Bréfritari: Soffía Daníelsdóttir
Viðtakandi: Jakobína Magnúsdóttir og Daníel Halldórsson
Dagsetning: A-1903-01-01
Skrifað á: Skeggjastöðum  N-Múl.
Soffía var dóttir Jakobínu og Daníels

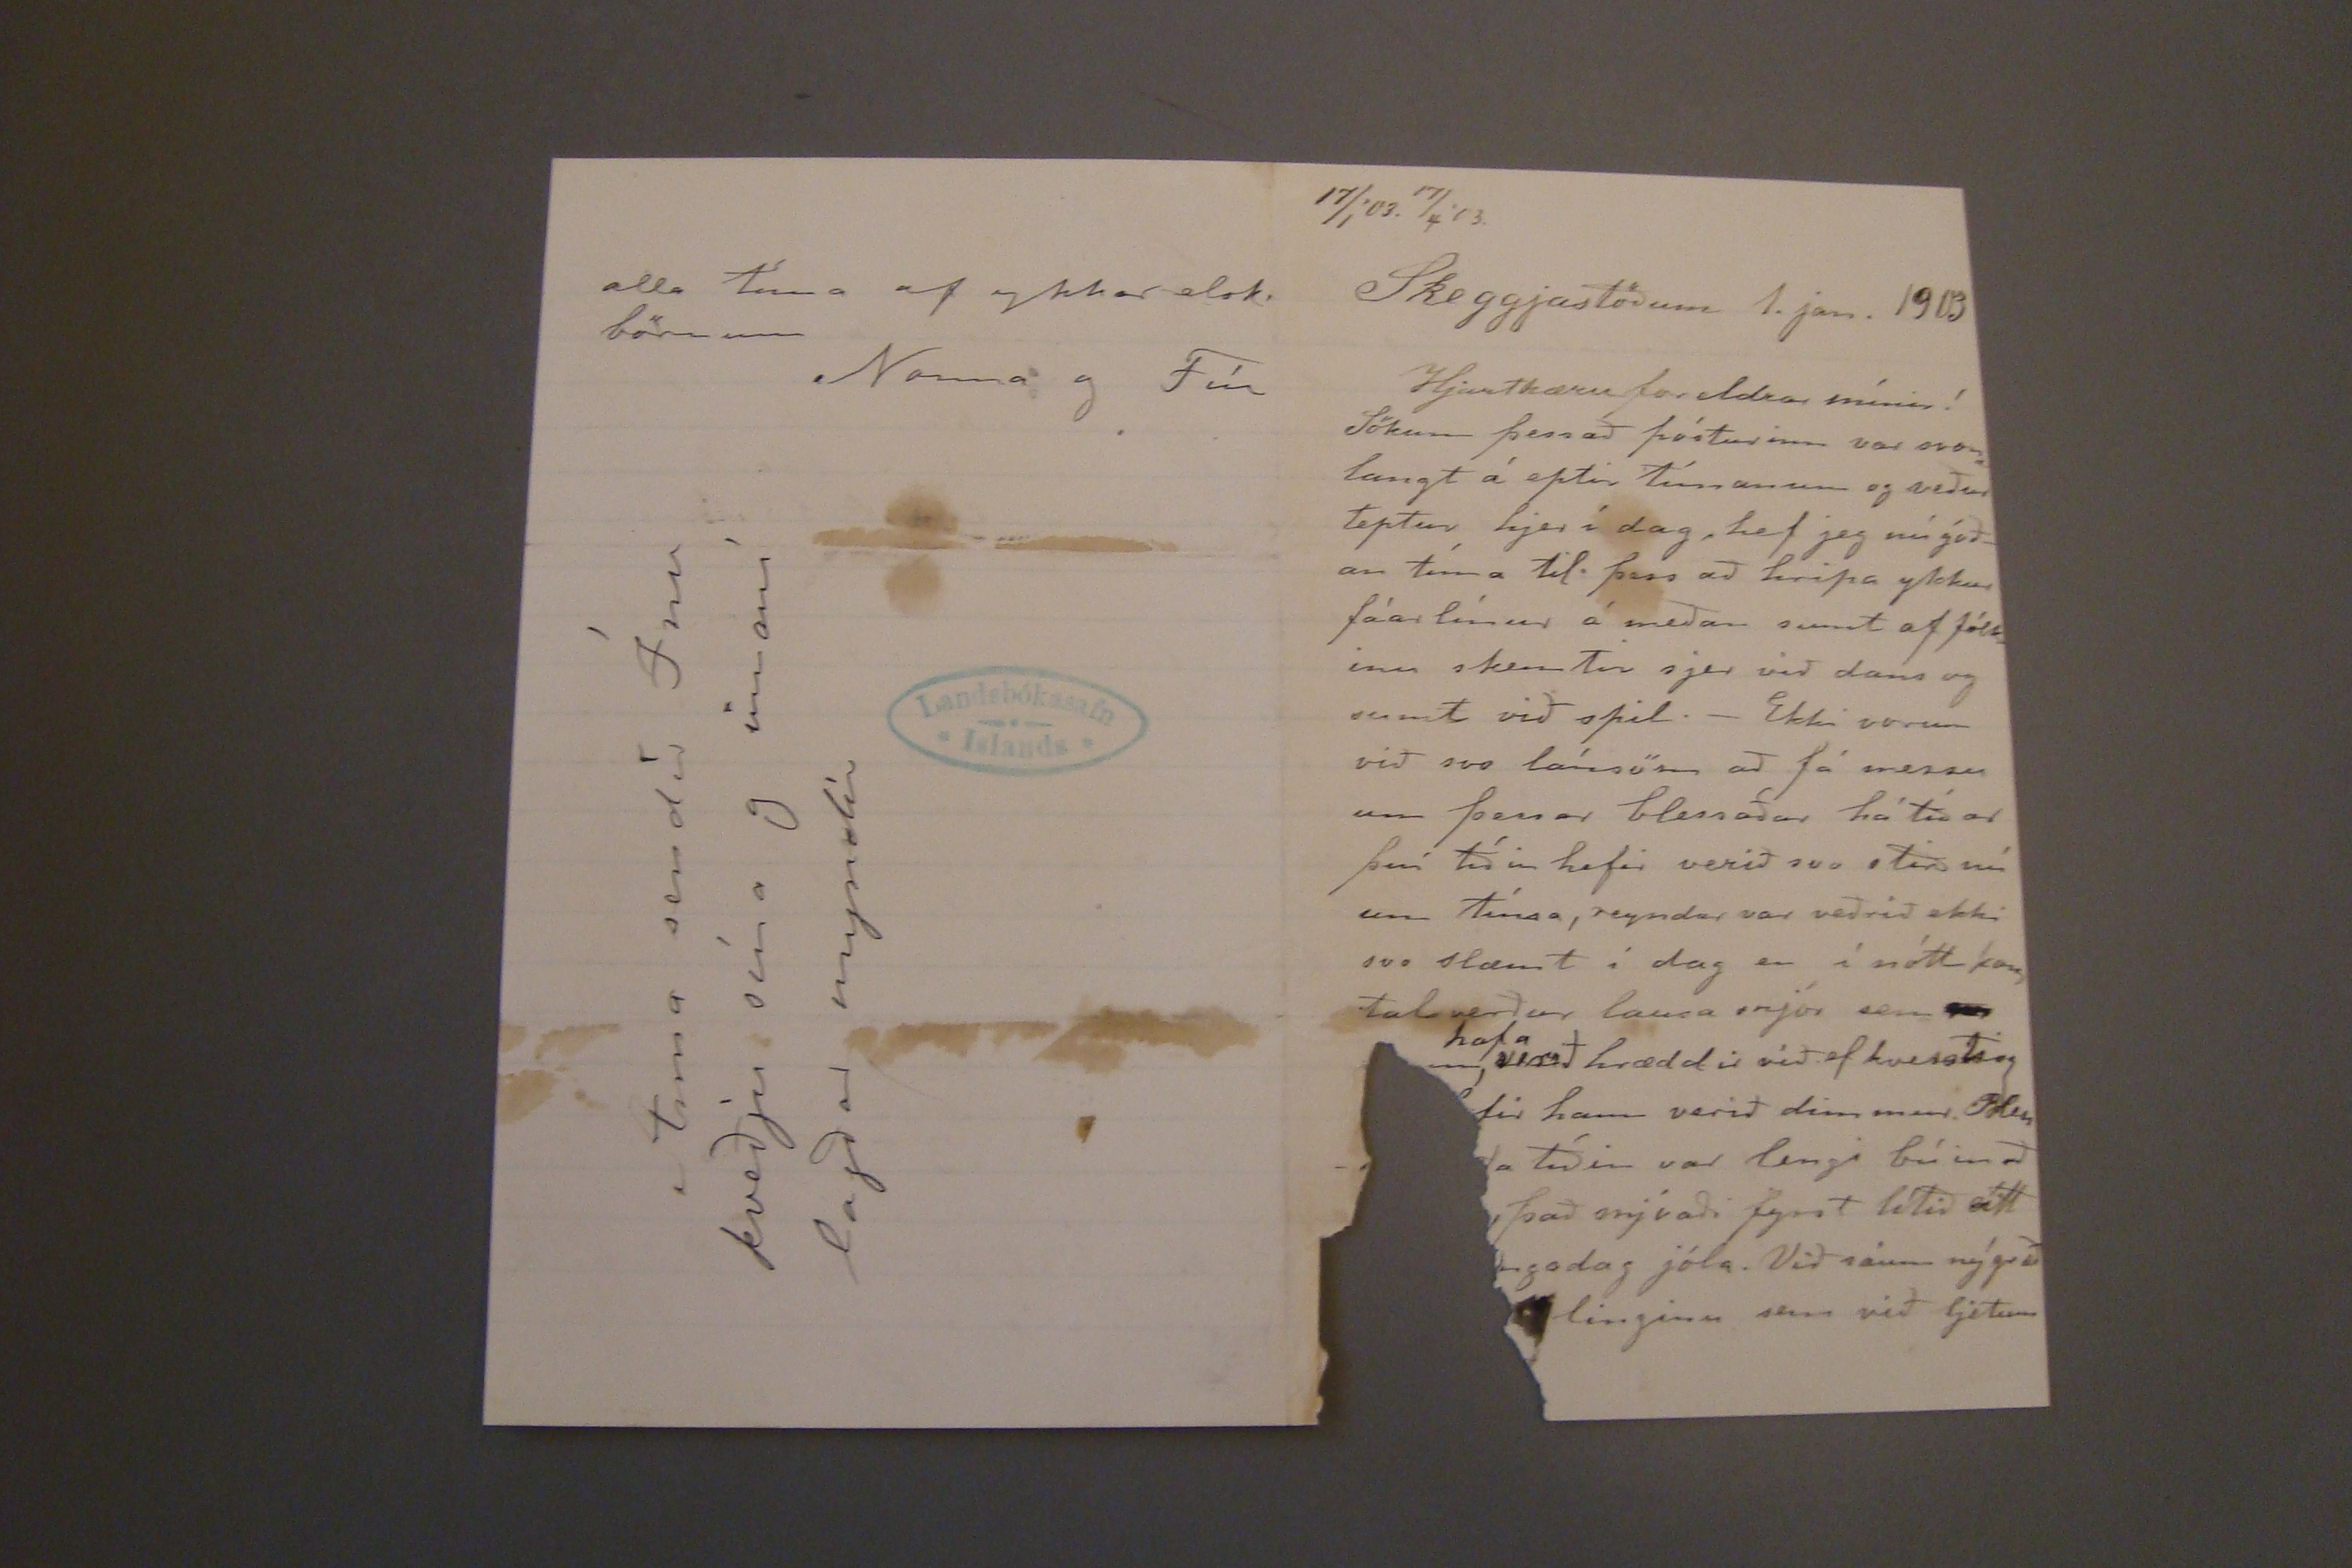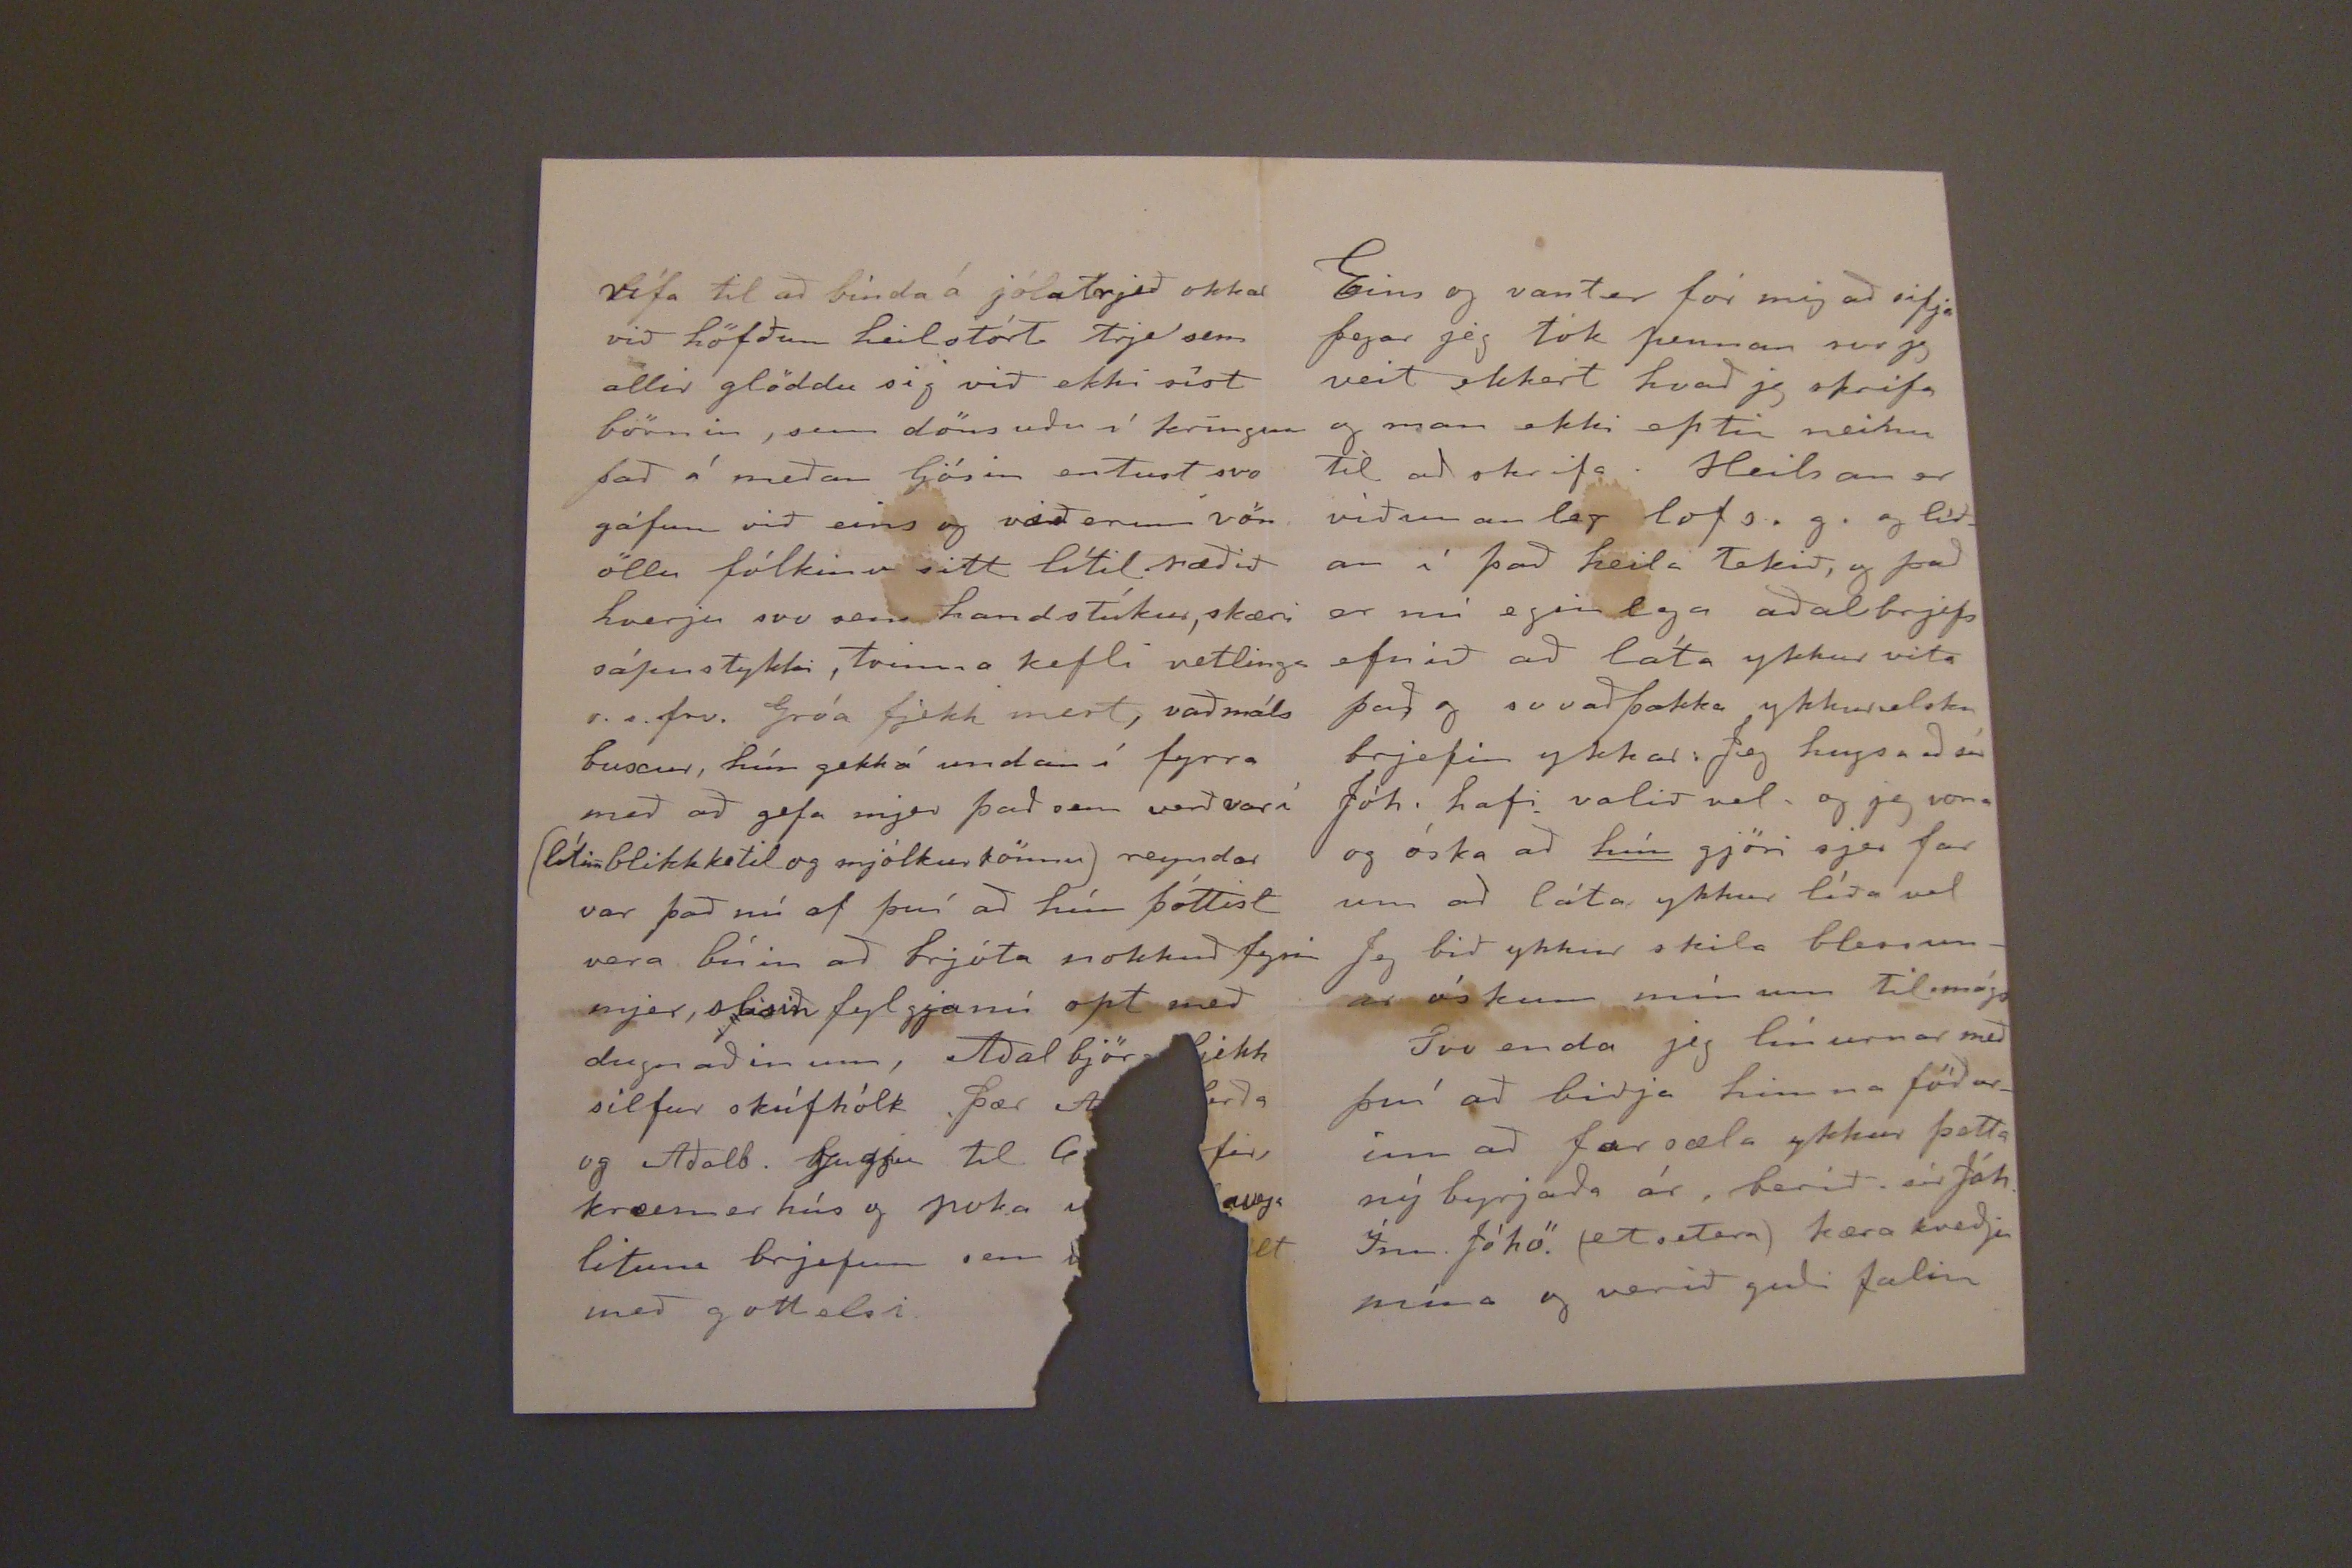

17/1'03. 17/4'03.
Skeggjastöðum 1. janúar 1903.
Hjartkæru foreldrar mínir!
Sökum þess að pósturinn var svona langt á eptir tímanum og veður teptur hjer í dag, hef jeg nú góðan tíma til þess að hripa ykkur fáar línur á meðan sumt af fólkinu skemtir sjer við dans og sumt við spil.- Ekki vorum við svo lánsöm að fá messu um þessar blessaðar hátíðar því tíðin hefir verið svo stór nú um tíma, reyndar var veðrið ekki svo slæmt í dag en í nótt kom talsverður lausa snjór sem
nn
hafa
verið hræddir víð af kversti og
fir hann verið dimmur. Bless
a tíðin var lengi búin að
, það snjóaði fyrst lítið eítt
ngadag jóla. Við sáum nýgræð
linginn sem við ljetum
rífa til að binda á jólatrjeð okkar við höfðum heilstórt trje sem allir glöddu sig við ekki síst börnin, sem dönsuðu í kringum það á meðan ljósin entust svo gáfum við eins og við erumm vön öllu fólkinu sitt lítil ræðið hverju svo sem handstúkur, skæri sápustykki, tvinna kefli vetlinga o.s.frv. Gróa fjekk mest vaðmáls buxur, hún gekk á undan í fyrra með að gefa mjer það sem verð var í (lítin blikketil og mjólkurkönnu) reyndar var það nú af því að hún þóttist vera búin að brjóta nokkuð fyrir mjer, slisin fylgjanú opt með dugnaðinum, Aðalbjörg fjekk silfur skúfhólk þær
og Aðalb.
sugju
til G
fir, kreimer hús og poka
litinn brjefum sem
með og Mesli
alla tíma af ykkar elsk. börnum
Nanna g Fíu
Anna sendir Ínu kveðju sína og innaní lagðar myndír
Eins og vanter fór mig að sifja þegar jeg tók pennan svo jeg veit ekkert hvað jeg skrifa og man ekki eptir neinu til að skrifa. Heilsan er viðunanleg lofs. g. og líðan í það heila Tekið, g það er nú eginlega aðalbrjefs efnið að láta ykkur vita það g svoaðþakka ykkur elsku brjefin ykkar. Jeg hugsa að sír Jóh. hafi valið vel, og jeg vona og óska að
hún
gjöri sjer fær um að láta ykkur líða vel Jeg bið ykkur skila blessunar óskum mínum til mága
Svo enda jeg línurnar með því að biðja himna föðurinn að farsæla ykkur þetta ný byrjaða ár, berið sír Jóh. Ínu. Jóhö. (etseTera) kæra kveðju mína og verið guði falin